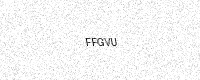
Text: FFGVU